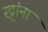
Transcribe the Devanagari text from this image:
रट्टांना